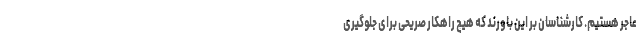
عاجر هستیم. کارشناسان بر این باورند که هیچ راهکار صریحی برای جلوگیری